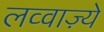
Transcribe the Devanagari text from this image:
लव्वाज़्ये